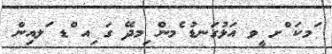
ަމކަ ްށ ީވ އަޅުގަނޑު ެމން ިމދޭ ގަ ިއ ްޑ ަލއިން